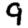
Digit: 9